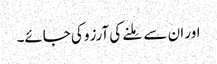
اور ان سے مِلنے کی آرزو کی جائے۔